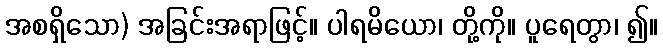
အစရှိသော) အခြင်းအရာဖြင့်။ ပါရမိယော၊ တို့ကို။ ပူရေတွာ၊ ၍။